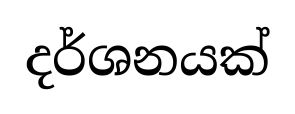
දර්ශනයක්